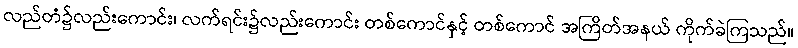
လည်တံ၌လည်းကောင်း၊ လက်ရင်း၌လည်းကောင်း တစ်ကောင်နှင့် တစ်ကောင် အကြိတ်အနယ် ကိုက်ခဲကြသည်။